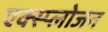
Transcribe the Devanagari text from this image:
एक्स्प्लोजन